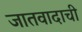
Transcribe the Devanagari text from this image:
जातवादाची